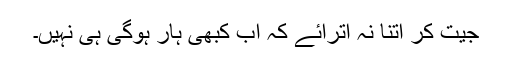
جیت کر اتنا نہ اترائے کہ اب کبھی ہار ہوگی ہی نہیں۔